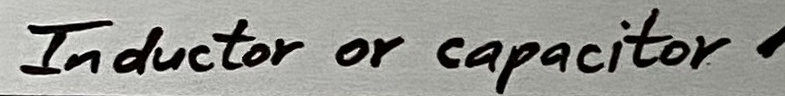
Text: Inductor or capacitor